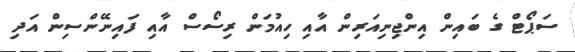
ސަޕޯޓް ގެ ބައިން އިންޖިނިއަރިން އާއި ހިއުމަން ރިސޯސް އާއި ފައިނޭންސިން އަދި